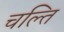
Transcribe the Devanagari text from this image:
चल्ति